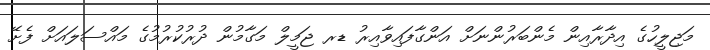
މަޖިލީހުގެ އިދާރާއިން މެންބަރުންނަށް އަންގާފައިވާއިރު ޑރ ޖަމީލް މަގާމުން ދުރުކުރުމުގެ މައްސަލައަށް ފެށޭ